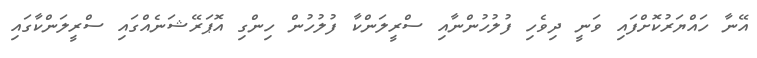
އޭނާ ހައްޔަރުކޮށްފައި ވަނީ ދިވެހި ފުލުހުންނާއި ސްރީލަންކާ ފުލުހުން ހިންގި އޮޕަރޭޝަނެއްގައި ސްރީލަންކާގައި